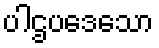
ပါဌပဒေသော